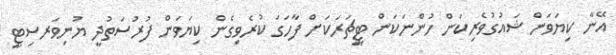
އޭނާ ކިޔަވަން ޝައުގުވެރިކަން ހުންނަކަން ޓީޗަރަކަށް ފާހަގަ ކުރެވިގެން ކިޔަވަން ފުރުސަތުދީ ޔުނިވަރސިޓީ